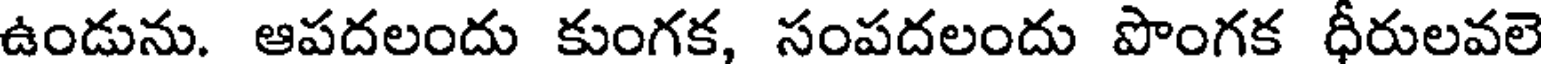
ఉండును. ఆపదలందు కుంగక, సంపదలందు పొంగక ధీరులవలె